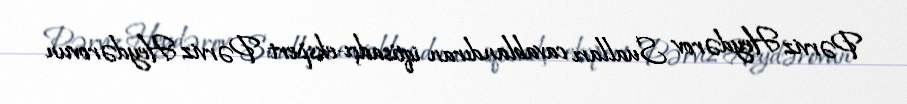
Pərviz Heydərov Sualları cavablandıran iqtisadçı-ekspert Pərviz Heydərovun